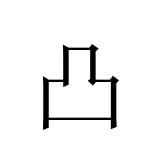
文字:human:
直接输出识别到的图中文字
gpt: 凸